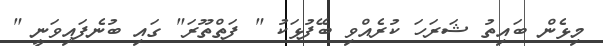
މިޅެން ބައިތު ޝަރަހަ ކުރެއްވި ބޭފުޅަކު " ފަތްތޫރަ" ގައި ބުނެފައިވަނީ "